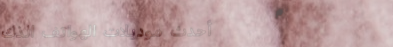
أحدث موديلات الهواتف الذك